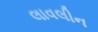
લાવલીન